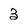
Character: 3